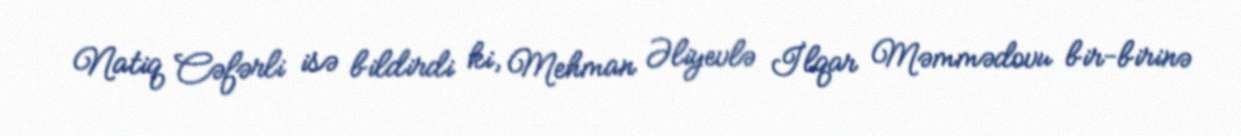
Natiq Cəfərli isə bildirdi ki, Mehman Əliyevlə İlqar Məmmədovu bir-birinə